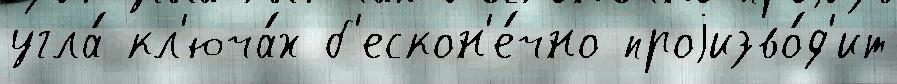
угла́ кл'юча́х б'ескон'е́чно проjизво́д'ит